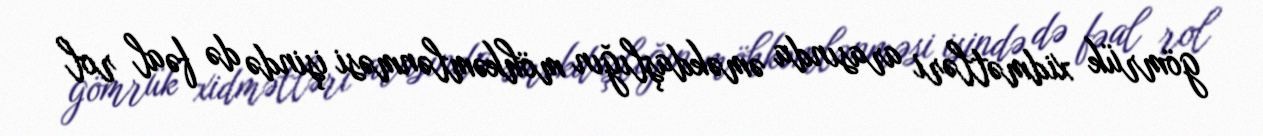
gömrük xidmətləri arasında əməkdaşlığın möhkəmlənməsi işində də fəal rol